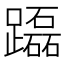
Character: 𨇒